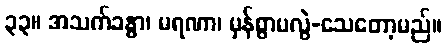
၃၃။ အသက်ခန္ဓာ၊ မရဏာ၊ မှန်စွာမလွဲ-သေတော့မည်။